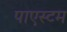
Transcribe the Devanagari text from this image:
पाएस्टम